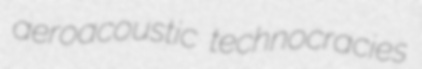
aeroacoustic technocracies